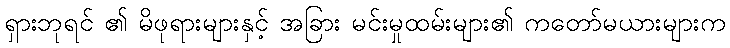
ရှားဘုရင် ၏ မိဖုရားများနှင့် အခြား မင်းမှုထမ်းများ၏ ကတော်မယားများက